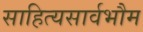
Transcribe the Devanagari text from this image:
साहित्यसार्वभौम